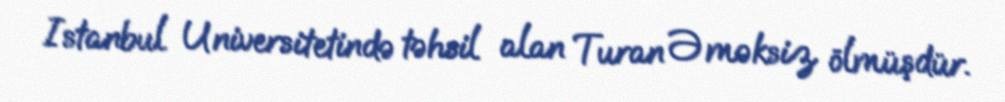
Istanbul Universitetində təhsil alan Turan Əməksiz ölmüşdür.